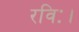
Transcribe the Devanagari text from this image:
रविः।